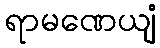
ရာမဏေယျံ